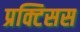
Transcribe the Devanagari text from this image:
प्रक्टिसस